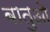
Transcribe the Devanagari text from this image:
बातुओ